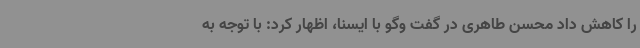
را کاهش داد محسن طاهری در گفت وگو با ایسنا، اظهار کرد: با توجه به